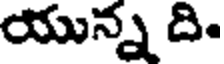
యున్న ది.